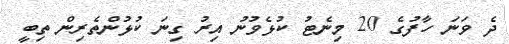
ދެ ވަނަ ހާފުގެ 20 މިނެޓު ކުޅެވުނު އިރު ގިނަ ކުޅުންތެރިން ތިބީ